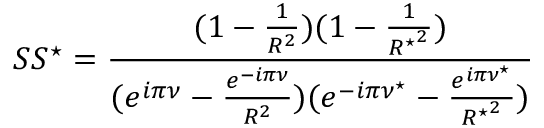
S S ^ { \star } = \frac { ( 1 - \frac { 1 } { R ^ { 2 } } ) ( 1 - \frac { 1 } { { R ^ { \star } } ^ { 2 } } ) } { ( e ^ { i \pi \nu } - \frac { e ^ { - i \pi \nu } } { R ^ { 2 } } ) ( e ^ { - i \pi \nu ^ { \star } } - \frac { e ^ { i \pi \nu ^ { \star } } } { { R ^ { \star } } ^ { 2 } } ) }